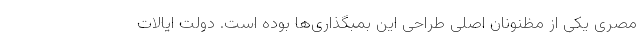
مصری یکی از مظنونان اصلی طراحی این بمبگذاری‌ها بوده است. دولت ایالات